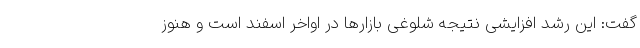
گفت: این رشد افزایشی نتیجه شلوغی بازارها در اواخر اسفند است و هنوز